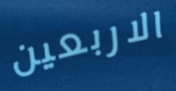
الاربعين